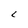
Character: L